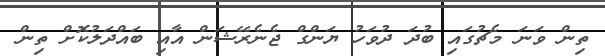
ތިން ވަނަ މެޗުގައި ބުދަ ދުވަހު ޔަންގް ޖެނެރޭޝަން އާއި ބައްދަލުކޮށް ތިން